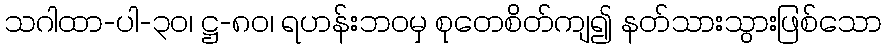
သဂါထာ-ပါ-၃၀၊ ဋ္ဌ-၈၀၊ ရဟန်းဘဝမှ စုတေစိတ်ကျ၍ နတ်သားသွားဖြစ်သော